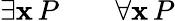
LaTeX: \exists{\mathbf{x}}\, P\qquad\forall{\mathbf{x}}\, P